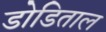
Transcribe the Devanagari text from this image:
डोडिताल